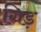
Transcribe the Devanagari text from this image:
गिड़